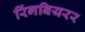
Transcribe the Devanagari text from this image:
रिंगबियरर